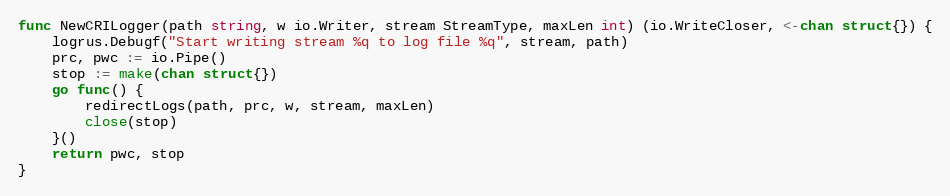
Language: Go
func NewCRILogger(path string, w io.Writer, stream StreamType, maxLen int) (io.WriteCloser, <-chan struct{}) {
	logrus.Debugf("Start writing stream %q to log file %q", stream, path)
	prc, pwc := io.Pipe()
	stop := make(chan struct{})
	go func() {
		redirectLogs(path, prc, w, stream, maxLen)
		close(stop)
	}()
	return pwc, stop
}